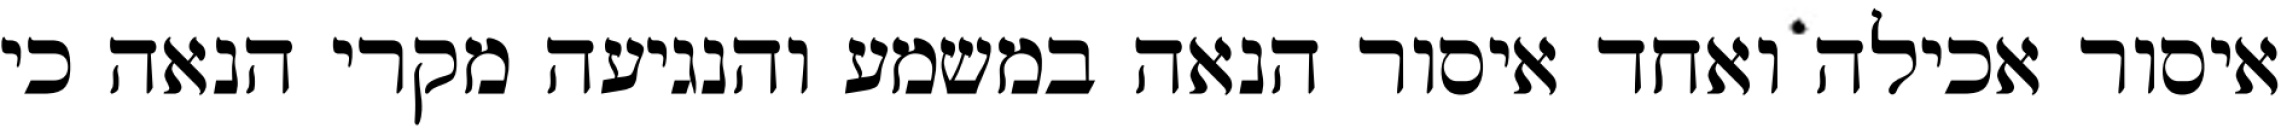
איסור אכילה ואחד איסור הנאה במשמע והנגיעה מקרי הנאה כי